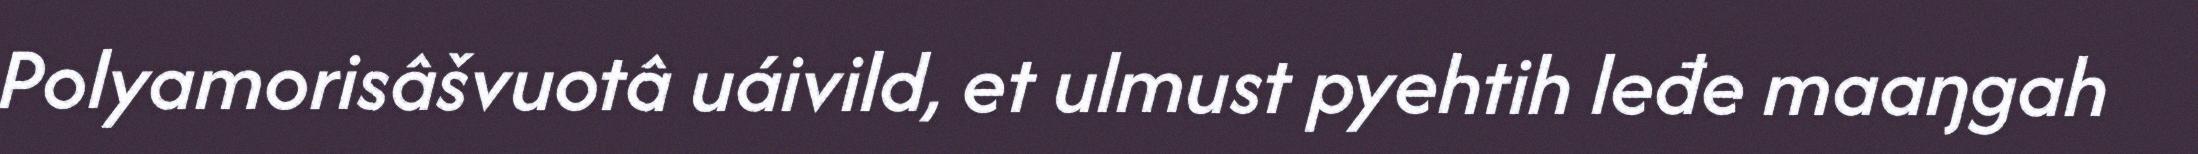
Polyamorisâšvuotâ uáivild, et ulmust pyehtih leđe maaŋgah